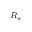
\scriptstyle { R _ { s } }